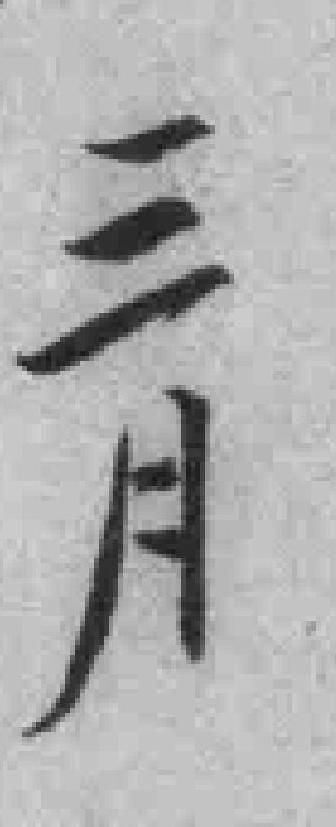
三月